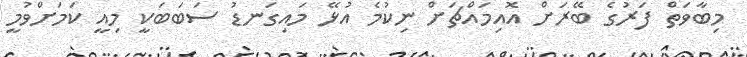
މިބާވަތް ފަރުގެ ބޭރަށް އޮއިމައްޗަށް ނިކުމެ އުޅޭ މައިގަނޑު ސަބަބަކީ މިއީ ކަމަށްވުމީ